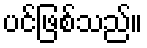
ပင်ဖြစ်သည်။